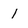
Character: 1